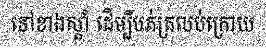
ទៅខាងស្តាំ ដើម្បីបត់ត្រលប់ក្រោយ